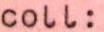
coll: